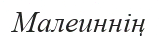
Малеиннің